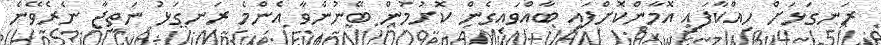
ރަނގަޅަށް ހިއްކާފައި އޮމާންކޮށްފައި ބާއްވައިގެން ކޮށުމުން ބޭނުންވާ އެންމެ ރަނގަޅު ނަތީޖާ ނެރެވޭނެ